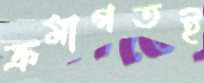
ক্রমাগতই